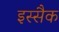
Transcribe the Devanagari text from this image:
इस्सैक